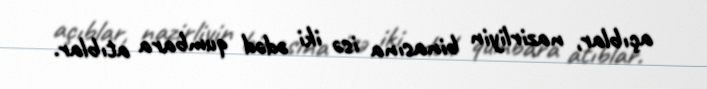
açıblar, nazirliyin binasına isə iki ədəd qumbara atıblar.